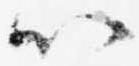
以